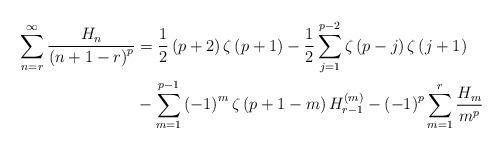
LaTeX: \begin{align*}\sum_{n=r}^{\infty}\frac{H_{n}}{\left( n+1-r\right) ^{p}} & =\frac{1}{2}\left( p+2\right) \zeta\left( p+1\right) -\frac{1}{2}\sum_{j=1}^{p-2}\zeta\left( p-j\right) \zeta\left( j+1\right) \\& -\sum_{m=1}^{p-1}\left( -1\right) ^{m}\zeta\left( p+1-m\right)H_{r-1}^{\left( m\right) }-\left( -1\right) ^{p}\sum_{m=1}^{r}\frac{H_{m}}{m^{p}} \end{align*}